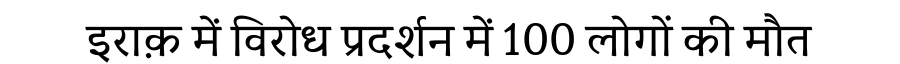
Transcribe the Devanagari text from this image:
इराक़ में विरोध प्रदर्शन में 100 लोगों की मौत